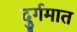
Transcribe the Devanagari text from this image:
दुर्गमात